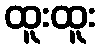
ထူးထူး